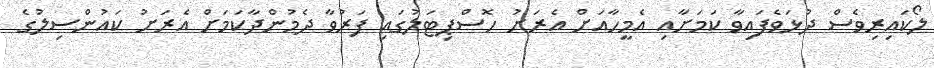
ލޯކައިރިވެސް ދުޅަވެފައިވާ ކަމަށާއި އެމީހާއަށް އެރަށު ހޮސްޕިޓަލުގައި ފަރުވާ ދެމުންދާކަމަށް އެރަށު ކައުންސިލުގެ